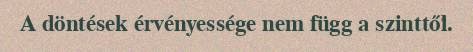
A döntések érvényessége nem függ a szinttől.